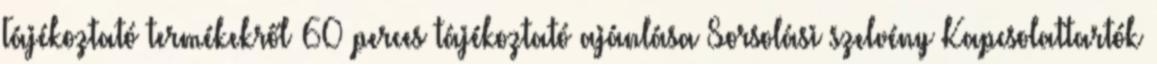
Tájékoztató termékekről 60 perces tájékoztató ajánlása Sorsolási szelvény Kapcsolattartók